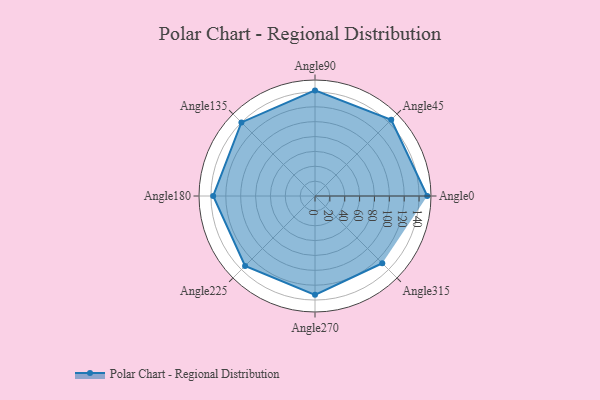
{"axis": {"x": "Angle", "y": "Radius"}, "legend": [""], "data": [{"x": "Angle0", "y": 151.0, "type": ""}, {"x": "Angle45", "y": 145.0, "type": ""}, {"x": "Angle90", "y": 142.0, "type": ""}, {"x": "Angle135", "y": 140.0, "type": ""}, {"x": "Angle180", "y": 137.0, "type": ""}, {"x": "Angle225", "y": 133.0, "type": ""}, {"x": "Angle270", "y": 133.0, "type": ""}, {"x": "Angle315", "y": 128.0, "type": ""}]}